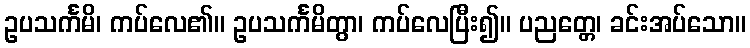
ဥပသင်္ကမိ၊ ကပ်လေ၏။ ဥပသင်္ကမိတွာ၊ ကပ်လေပြီး၍။ ပညတ္တေ၊ ခင်းအပ်သော။